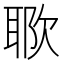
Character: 𱤷